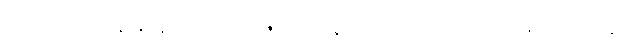
ဝတ္ထုထဲက ထွန်းနိုင်နဲ့ မမမေဂျာ ဇာတ်ရုပ်နဲ့ ရခိုင်ခေတ်ဟောင်းက မဂိုလုလင်နဲ့